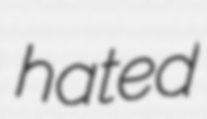
hated